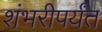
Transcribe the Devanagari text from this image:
शंभरीपर्यंत